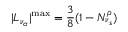
| L _ { \nu _ { \alpha } } | ^ { \mathrm { m a x } } = { \frac { 3 } { 8 } } ( 1 - N _ { \nu _ { s } } ^ { \rho } )